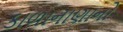
કાળાનાણાનો